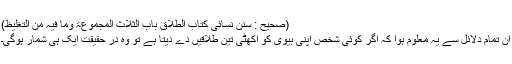
(صحیح : سنن نسائی کتاب الطلاق باب الثلاث المجموعۃ وما فیہ من التغلیظ)
ان تمام دلائل سے یہ معلوم ہوا کہ اگر کوئی شخص اپنی بیوی کو اکھٹی تین طلاقیں دے دیتا ہے تو وہ در حقیقت ایک ہی شمار ہوگی۔